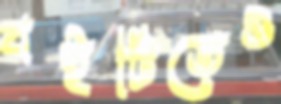
বইটিতেও